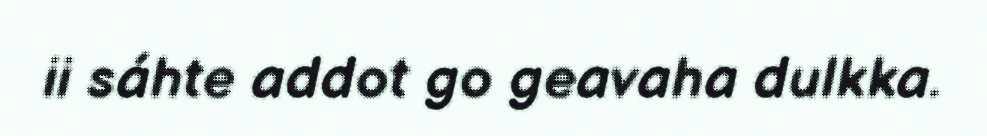
ii sáhte addot go geavaha dulkka.